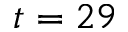
t = 2 9